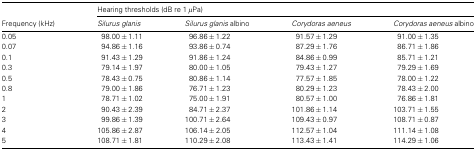
<table><thead><tr><td></td><td colspan="4"><b>Hearing thresholds (dB re 1 <i>μ</i>Pa)</b></td></tr><tr><td><b>Frequency (kHz)</b></td><td><b><i>Silurus glanis</i></b></td><td><b><i>Silurus glanis</i> albino</b></td><td><b><i>Corydoras aeneus</i></b></td><td><b><i>Corydoras aeneus</i> albino</b></td></tr></thead><tbody><tr><td>0.05</td><td>98.00 ± 1.11</td><td>96.86 ± 1.22</td><td>91.57 ± 1.29</td><td>91.00 ± 1.35</td></tr><tr><td>0.07</td><td>94.86 ± 1.16</td><td>93.86 ± 0.74</td><td>87.29 ± 1.76</td><td>86.71 ± 1.86</td></tr><tr><td>0.1</td><td>91.43 ± 1.29</td><td>91.86 ± 1.24</td><td>84.86 ± 0.99</td><td>85.71 ± 1.21</td></tr><tr><td>0.3</td><td>79.14 ± 1.97</td><td>80.00 ± 1.05</td><td>79.43 ± 1.27</td><td>79.29 ± 1.69</td></tr><tr><td>0.5</td><td>78.43 ± 0.75</td><td>80.86 ± 1.14</td><td>77.57 ± 1.85</td><td>78.00 ± 1.22</td></tr><tr><td>0.8</td><td>79.00 ± 1.86</td><td>76.71 ± 1.23</td><td>80.29 ± 1.23</td><td>78.43 ± 2.00</td></tr><tr><td>1</td><td>78.71 ± 1.02</td><td>75.00 ± 1.91</td><td>80.57 ± 1.00</td><td>76.86 ± 1.81</td></tr><tr><td>2</td><td>90.43 ± 2.39</td><td>84.71 ± 2.37</td><td>101.86 ± 1.14</td><td>103.71 ± 1.55</td></tr><tr><td>3</td><td>99.86 ± 1.39</td><td>100.71 ± 2.64</td><td>109.43 ± 0.97</td><td>108.71 ± 0.87</td></tr><tr><td>4</td><td>105.86 ± 2.87</td><td>106.14 ± 2.05</td><td>112.57 ± 1.04</td><td>111.14 ± 1.08</td></tr><tr><td>5</td><td>108.71 ± 1.81</td><td>110.29 ± 2.08</td><td>113.43 ± 1.41</td><td>114.29 ± 1.06</td></tr></tbody></table>